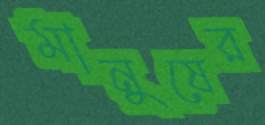
মানুষের